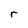
Character: r